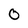
Character: 0